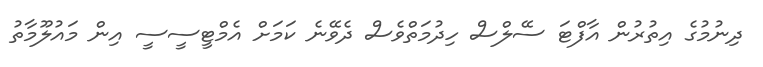
ދިނުމުގެ އިތުރުން އާފްޓަ ސޭލްސް ހިދުމަތްވެސް ދެވޭނެ ކަމަށް އެމްޓީސީސީ އިން މައުލޫމާތު